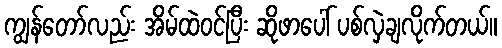
ကျွန်တော်လည်း အိမ်ထဲဝင်ပြီး ဆိုဖာပေါ် ပစ်လှဲချလိုက်တယ်။